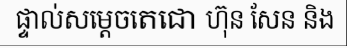
ផ្ទាល់សម្តេចតេជោ ហ៊ុន សែន និង